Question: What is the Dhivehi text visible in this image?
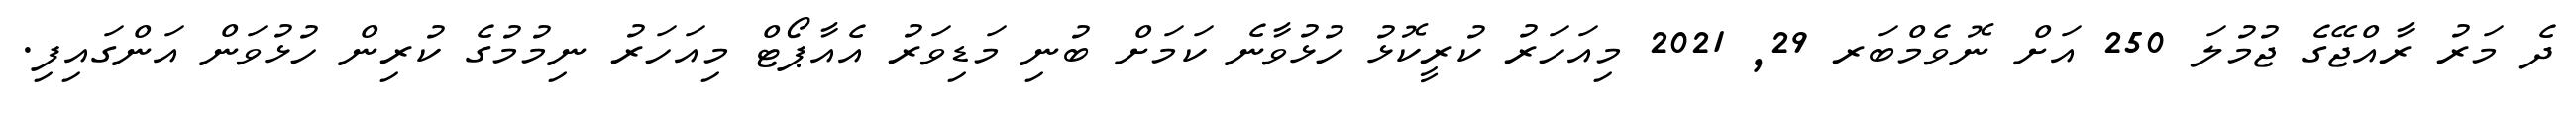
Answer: ދެ މަރު ރާއްޖޭގެ ޖުމުލަ 250 އަށް ނޮވެމްބަރ 29, 2021 މިއަހަރު ކުރީކޮޅު ހުޅުވާނެ ކަމަށް ބުނި މަޑިވަރު އެއާޕޯޓް މިއަހަރު ނިމުމުގެ ކުރިން ހުޅުވަން އަންގައިފި.